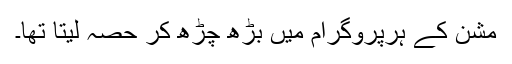
مشن کے ہرپروگرام میں بڑھ چڑھ کر حصہ لیتا تھا۔